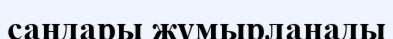
сандары жұмырланады